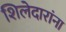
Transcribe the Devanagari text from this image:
शिलेदारांना